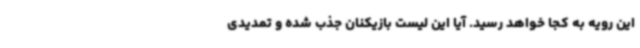
این رویه به کجا خواهد رسید. آیا این لیست بازیکنان جذب شده و تمدیدی